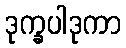
ဒုက္ခပါဒုကာ